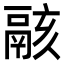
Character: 𩰶